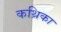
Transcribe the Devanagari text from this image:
कथ्रिका